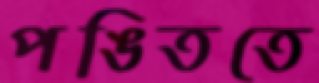
পঙিততে